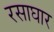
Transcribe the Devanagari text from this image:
रसाघार